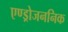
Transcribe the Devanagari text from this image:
एण्ड्रोजननिक